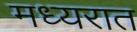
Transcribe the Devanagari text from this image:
मध्यरात